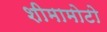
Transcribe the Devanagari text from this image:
शीमामोटो